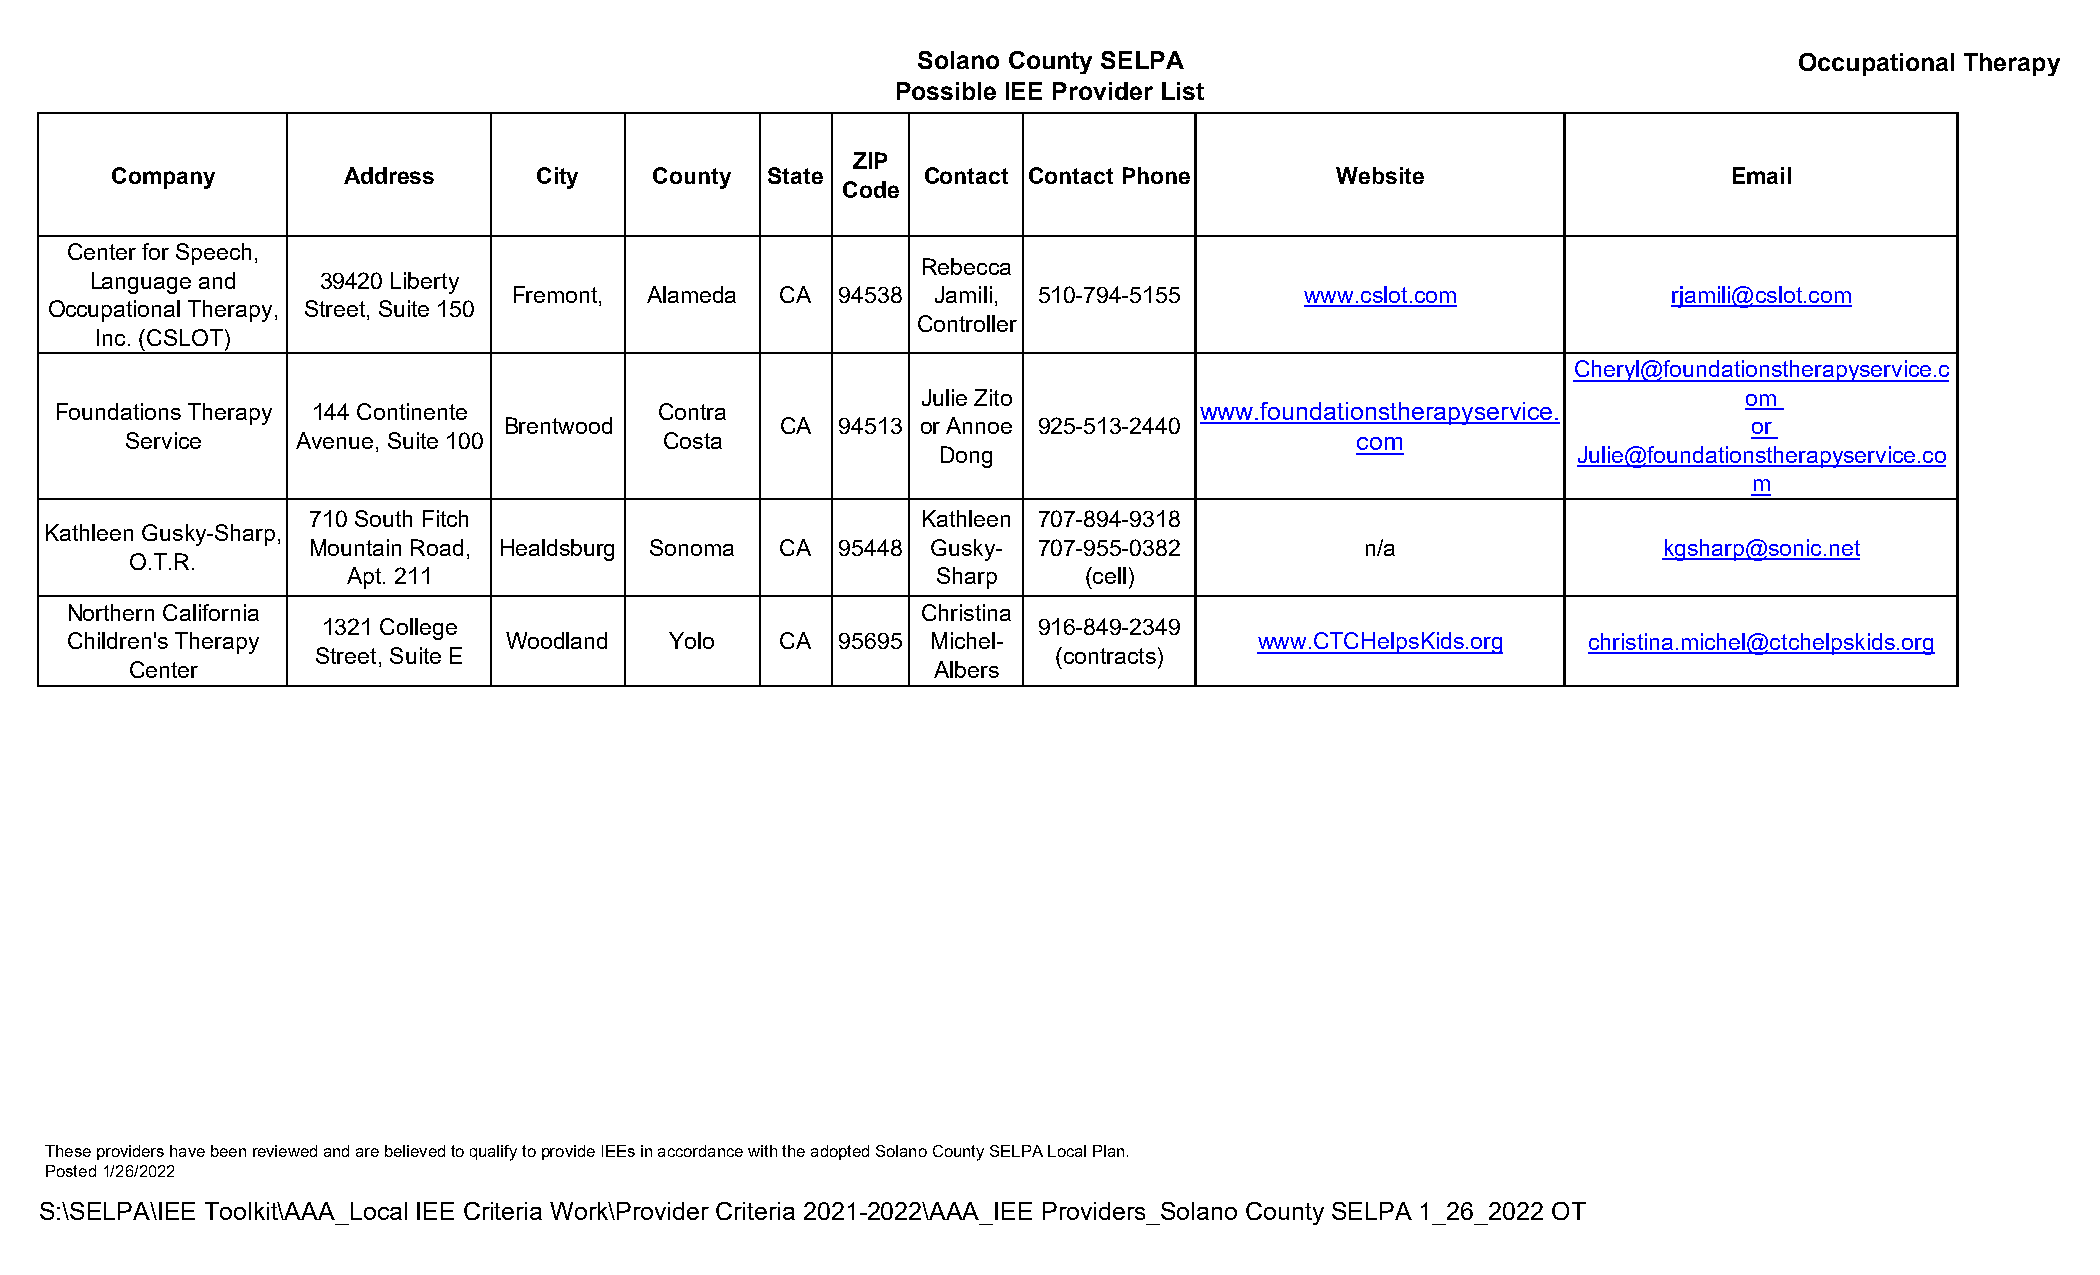
Solano County SELPA                                       Occupational Therapy
 Possible IEE Provider List
 ZIP
 Company         Address      City   County  State     Contact Contact Phone      Website                    Email
 Code
 Center for Speech,
 Rebecca
 Language and   39420 Liberty
 Fremont, Alameda  CA  94538 Jamili, 510-794-5155    www.cslot.com            rjamili@cslot.com
 Occupational Therapy, Street, Suite 150
 Controller
 Inc. (CSLOT)
 Cheryl@foundationstherapyservice.c
 Julie Zito                                             om
 Foundations Therapy 144 Continente      Contra                             www.foundationstherapyservice.
 Brentwood          CA  94513 or Annoe 925-513-2440                                 or
 Service     Avenue, Suite 100       Costa                                         com
 Dong                                      Julie@foundationstherapyservice.co
 m
 710 South Fitch                          Kathleen 707-894-9318
 Kathleen Gusky-Sharp,
 Mountain Road, Healdsburg Sonoma CA 95448 Gusky- 707-955-0382         n/a                 kgsharp@sonic.net
 O.T.R.
 Apt. 211                               Sharp     (cell)
 Northern California                                      Christina
 1321 College                                    916-849-2349
 Children's Therapy            Woodland  Yolo    CA  95695 Michel-              www.CTCHelpsKids.org  christina.michel@ctchelpskids.org
 Street, Suite E                                  (contracts)
 Center                                               Albers
 These providers have been reviewed and are believed to qualify to provide IEEs in accordance with the adopted Solano County SELPA Local Plan.
 Posted 1/26/2022
 S:\SELPA\IEE Toolkit\AAA_Local IEE Criteria Work\Provider Criteria 2021-2022\AAA_IEE Providers_Solano County SELPA 1_26_2022 OT